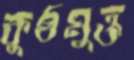
কুষ্ঠমুক্ত